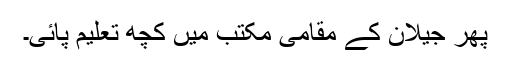
پھر جیلان کے مقامی مکتب میں کچھ تعلیم پائی۔